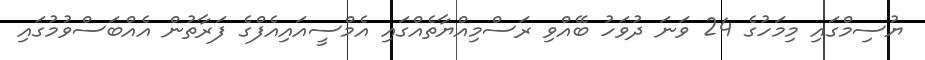
ޔުސިމްގައި މިމަހުގެ 24 ވަނަ ދުވަހު ބޭއްވި ރަސްމިއްޔާތެއްގައި އެމްސީއައިއެފްގެ ފަރާތުން އެއްބަސްވުމުގައި